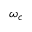
\omega _ { c }